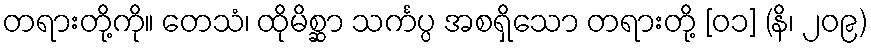
တရားတို့ကို။ တေသံ၊ ထိုမိစ္ဆာ သင်္ကပ္ပ အစရှိသော တရားတို့ [၀၁] (နိ၊ ၂၀၉)